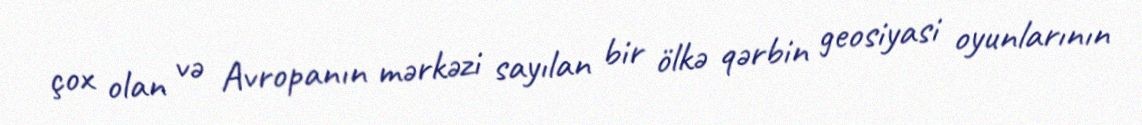
çox olan və Avropanın mərkəzi sayılan bir ölkə qərbin geosiyasi oyunlarının